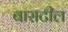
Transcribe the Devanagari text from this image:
बासटील